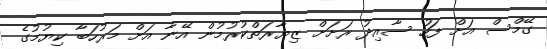
ގޭމްސް އަށް ފަހު ސާއިދު ރަށަށް ޒިޔާރަތްކުރުމުން އޭނާ އަށް މަރުހަބާ ކިޔުމުގެ